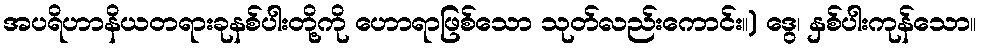
အပရိဟာနိယတရားခုနစ်ပါးတို့ကို ဟောရာဖြစ်သော သုတ်လည်းကောင်း။) ဒွေ၊ နှစ်ပါးကုန်သော။